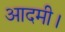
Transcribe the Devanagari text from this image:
आदमी।